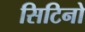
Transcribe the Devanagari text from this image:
सिटिनो